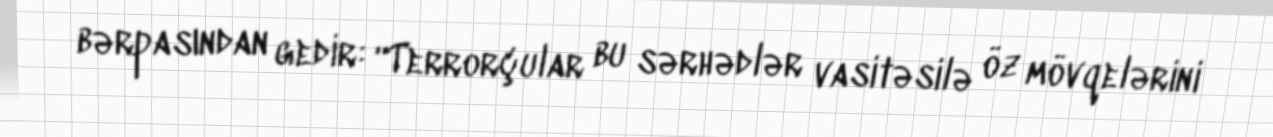
bərpasından gedir: “Terrorçular bu sərhədlər vasitəsilə öz mövqelərini